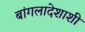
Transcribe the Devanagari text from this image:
बांगलादेशाशी